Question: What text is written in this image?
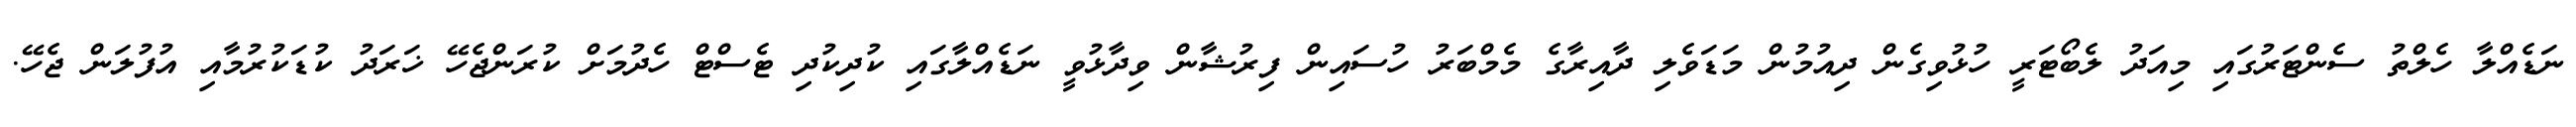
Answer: ނަޑެއްލާ ހެލްތު ސެންޓަރުގައި މިއަދު ލެބޯޓަރީ ހުޅުވިގެން ދިއުމުން މަޑަވެލި ދާއިރާގެ މެމްބަރު ހުސައިން ފިރުޝާން ވިދާޅުވީ ނަޑެއްލާގައި ކުދިކުދި ޓެސްޓް ހެދުމަށް ކުރަންޖެހޭ ޚަރަދު ކުޑަކުރުމާއި އުފުލަން ޖެހޭ.